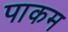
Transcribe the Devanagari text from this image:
पाकम